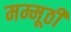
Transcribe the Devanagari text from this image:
मम्मूठी